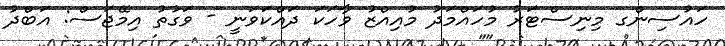
ހައުސިންގ މިނިސްޓަރު މުހައްމަދު މުއިއްޒު ވާހަކަ ދައްކަވަނީ - ވަގުތު އިމޭޖަސް: އަބްދު